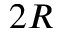
2 R